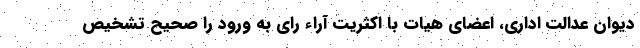
دیوان عدالت اداری، اعضای هیات با اکثریت آراء رای به ورود را صحیح تشخیص